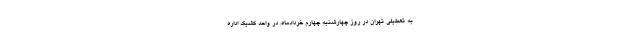
به تعطیلی تهران در روز چهارشنبه چهارم خردادماه، در واحد کشیک اداره